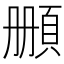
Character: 𩒄